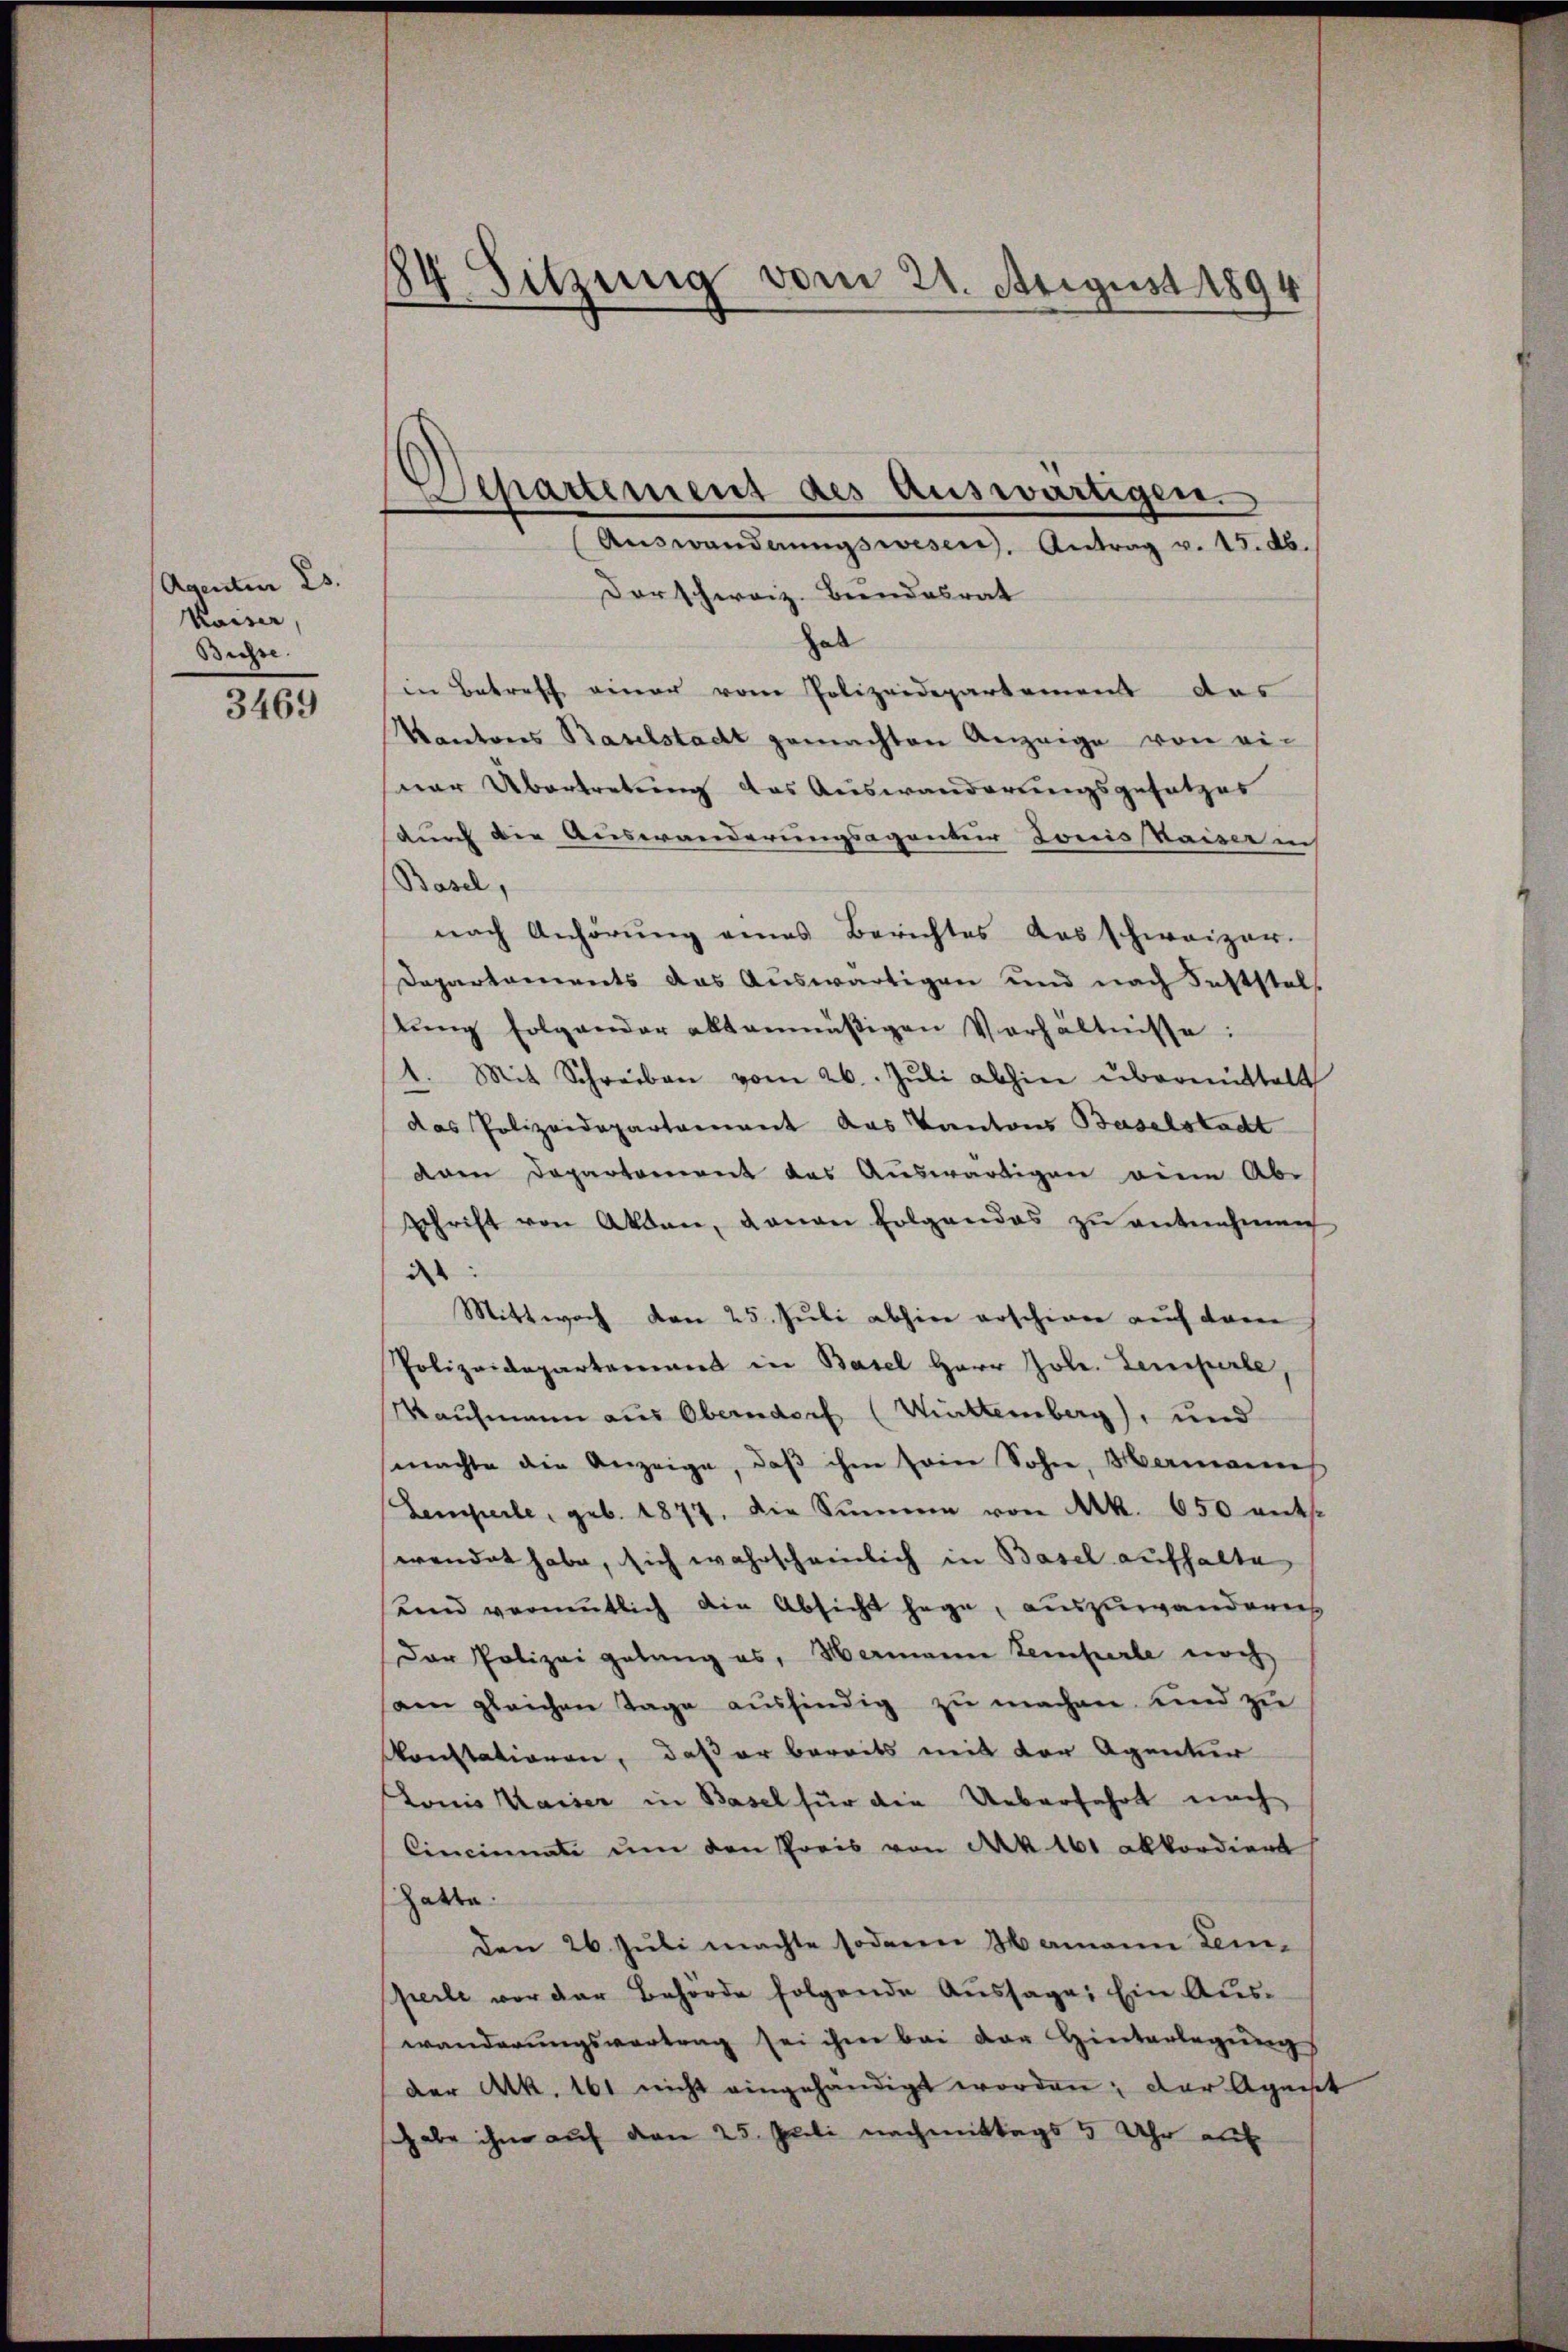
Agentum 23.
Kaiser
Buchse.

3469

84. Sitzung vom 21. August 1894

Separtement des Auswärtigen.
Auswandnungswesen, Antrag v. 15. Ab.
Dorschweiz. Bundesrat
hab
in Betreff einer vom Polizeidepartemens des
Kantons Baselstadt gemachten Anzeige von ei-
sar Übertretung das Auswanderungsgesetzes
durch die Auswanderungsagentur Jonis kaise in
Basel,
nach Anhörung eines Berichtes das schweizer.
Departements das Aŭswärtigen und nach Feststel
lŭng folgender altenmäβigen Verhältnisse:
1. Mit Schreiben vom 26. Jŭli abhin übermittelt
das Polizeidepartenwert aus Kantons Baselstadt
dar Departement das Auswärtigen eine Ab-
schrift von Akten, daran folgendes zŭ entnehmen
d
Mittwoch den 25. Juli abhin erschiner auf deren
Polizeidepartement in Basel Herr Jole. Lemperle
Kaufmann aus Oberndorf (Mittemberg), und
machte die Anzeige, daβ ihm seine Sohn, Hermann
Semperle, geb. 1877, die Summe von Mk. 650 ents.
wendet habe, sich wahrscheinlich in Basel aufhalte
und vermutlich die Absicht hege, auszuwandern
Der Polizei gelang es, Hermann temperle noch
am gleichen Tage ausfindig zŭ machen und zu
Konstationen, daß er bereits mit der Agentur
Lonis Kaiser in Basel für die Ueberfahrt nach
Cincinnate ŭm den Preis von Ak 161 akkordient
hatte.
den 26. Juli machte sodann Mamann Leiperle vor der Behörde folgende Aussage: Ein Auswanderungsvertrag sei ihm bei der Hinterlegung
der Ark. 161 nicht eingehändigt worden; der Agnest
schabe ihm auf den 25. Juli nachmittags 5 Uhr auf